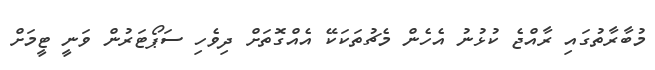
މުބާރާތުގައި ރާއްޖެ ކުޅުނު އެހެން މެޗުތަކަކޭ އެއްގޮތަށް ދިވެހި ސަޕޯޓަރުން ވަނީ ޓީމަށް